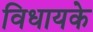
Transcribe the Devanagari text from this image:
विधायके